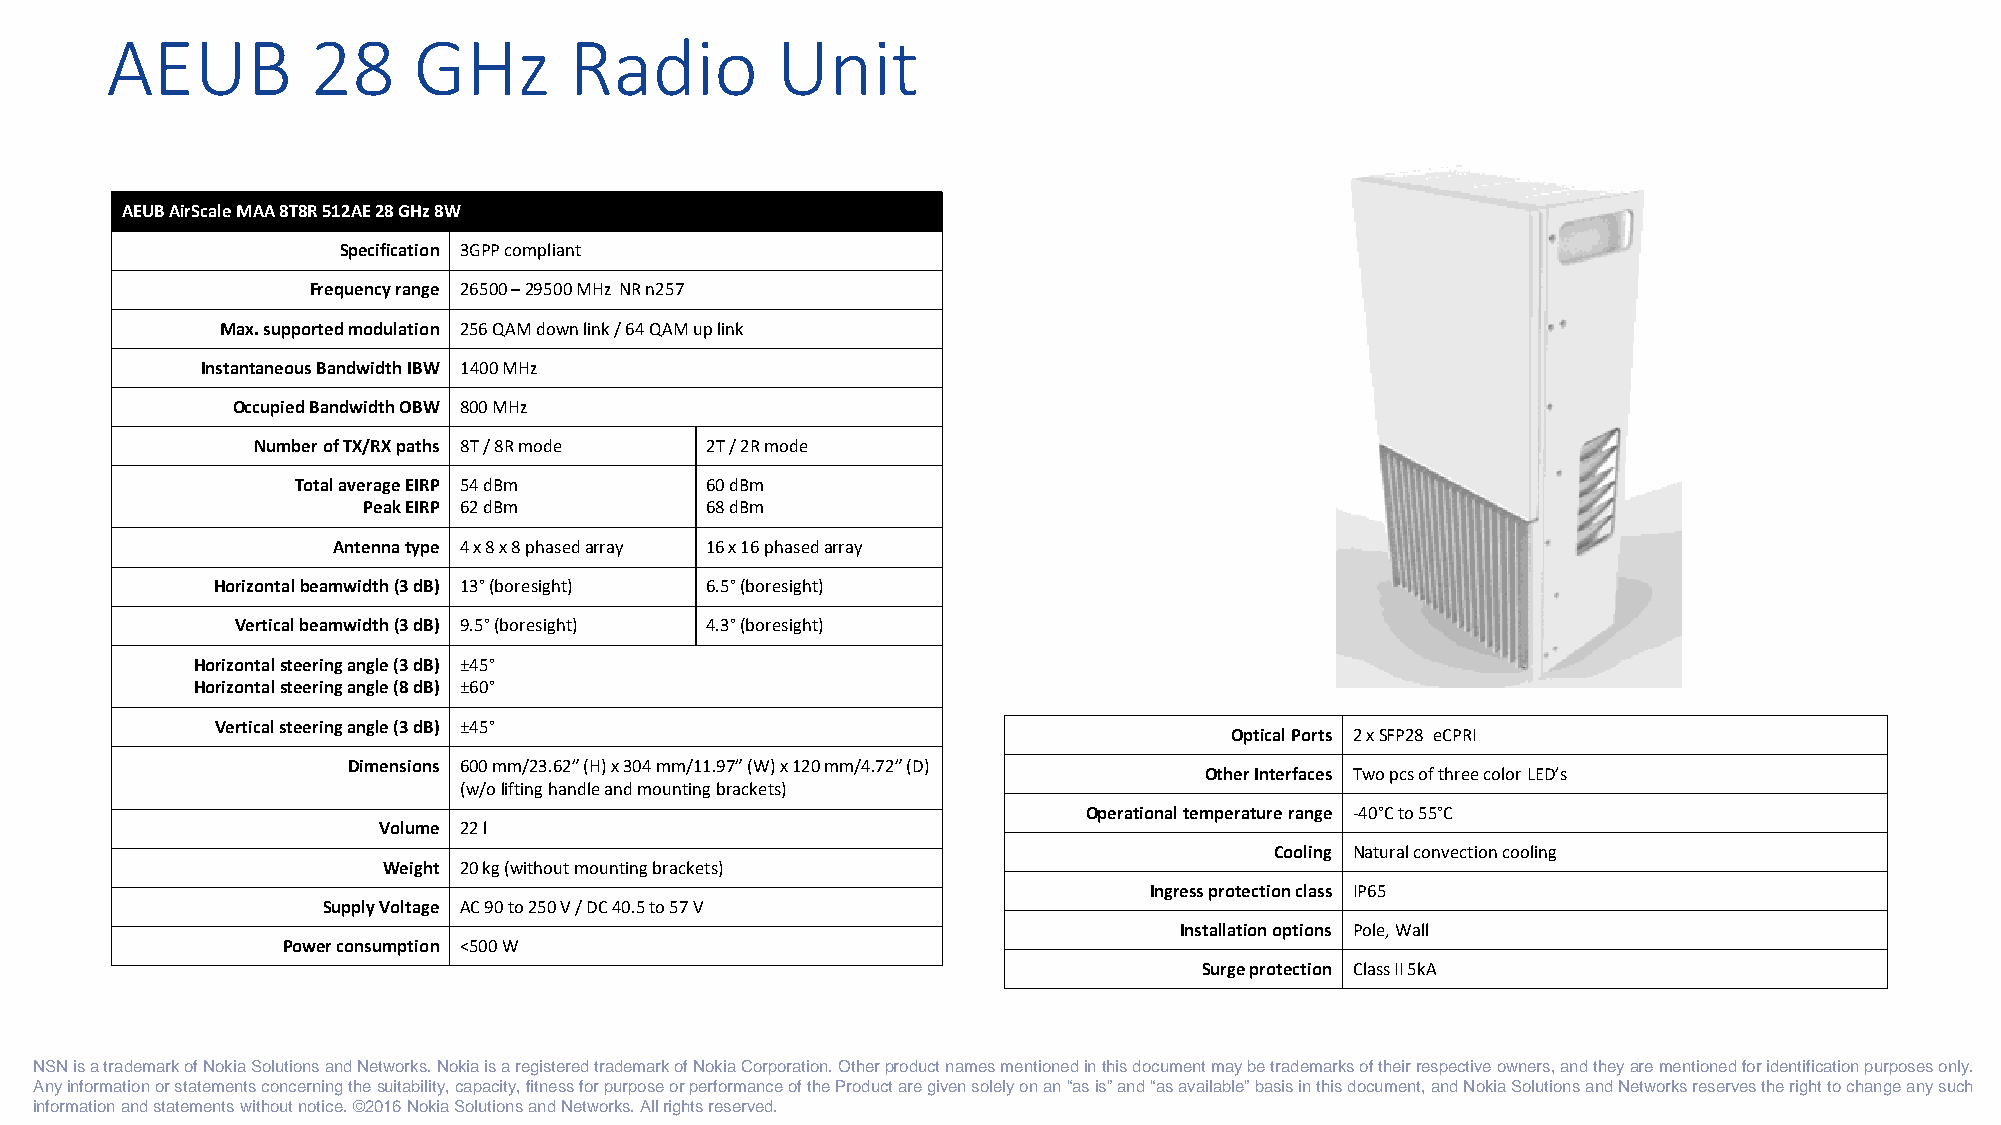
AEUB          28    GHz        Radio        Unit
 AEUB AirScaleMAA 8T8R 512AE 28 GHz 8W
 Specification 3GPP compliant
 Frequency range 26500–29500 MHz NR n257
 Max. supported modulation 256 QAM down link / 64 QAM up link
 Instantaneous Bandwidth IBW 1400 MHz
 Occupied Bandwidth OBW 800 MHz
 Number of TX/RX paths 8T / 8R mode 2T / 2R mode
 Total average EIRP 54 dBm   60 dBm
 Peak EIRP 62 dBm       68 dBm
 Antennatype 4 x 8 x 8 phasedarray 16 x 16 phasedarray
 Horizontalbeamwidth(3 dB) 13°(boresight) 6.5°(boresight)
 Vertical beamwidth(3 dB) 9.5°(boresight) 4.3°(boresight)
 Horizontalsteering angle (3 dB) ±45°
 Horizontalsteering angle (8 dB) ±60°
 Vertical steering angle (3 dB) ±45°
 Optical Ports 2 x SFP28 eCPRI
 Dimensions 600 mm/23.62” (H) x 304 mm/11.97” (W) x 120 mm/4.72” (D)
 Other Interfaces Twopcs of three color LED’s
 (w/o lifting handle and mounting brackets)
 Operational temperature range -40°Cto 55°C
 Volume 22 l
 Cooling Natural convection cooling
 Weight 20 kg (without mounting brackets)
 Ingress protection class IP65
 Supply Voltage AC 90 to 250 V / DC 40.5 to 57 V
 Installation options Pole, Wall
 Power consumption <500 W
 Surge protection Class II 5kA
 NSNisatrademarkofNokiaSolutionsandNetworks.NokiaisaregisteredtrademarkofNokiaCorporation.Otherproductnamesmentionedinthisdocumentmaybetrademarksoftheirrespectiveowners,andtheyarementionedforidentificationpurposesonly.
 Anyinformationorstatementsconcerningthesuitability,capacity,fitnessforpurposeorperformanceoftheProductaregivensolelyonan“asis”and“asavailable”basisinthisdocument,andNokiaSolutionsandNetworksreservestherighttochangeanysuch
 informationandstatementswithoutnotice.©2016NokiaSolutionsandNetworks.Allrightsreserved.